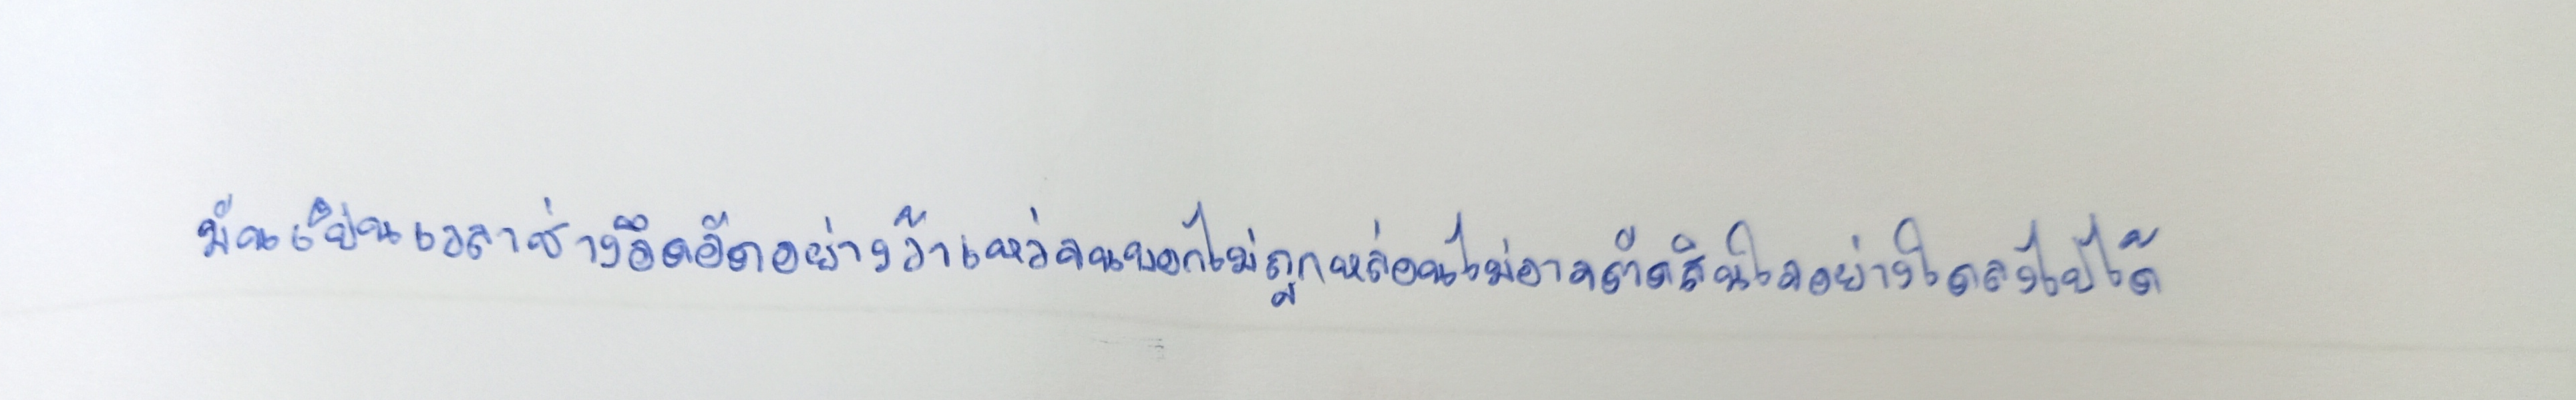
มันเป็นเวลาช่างอึดอัดอย่างว้าเหว่จนบอกไม่ถูกหล่อนไม่อาจตัดสินใจอย่างใดลงไปได้